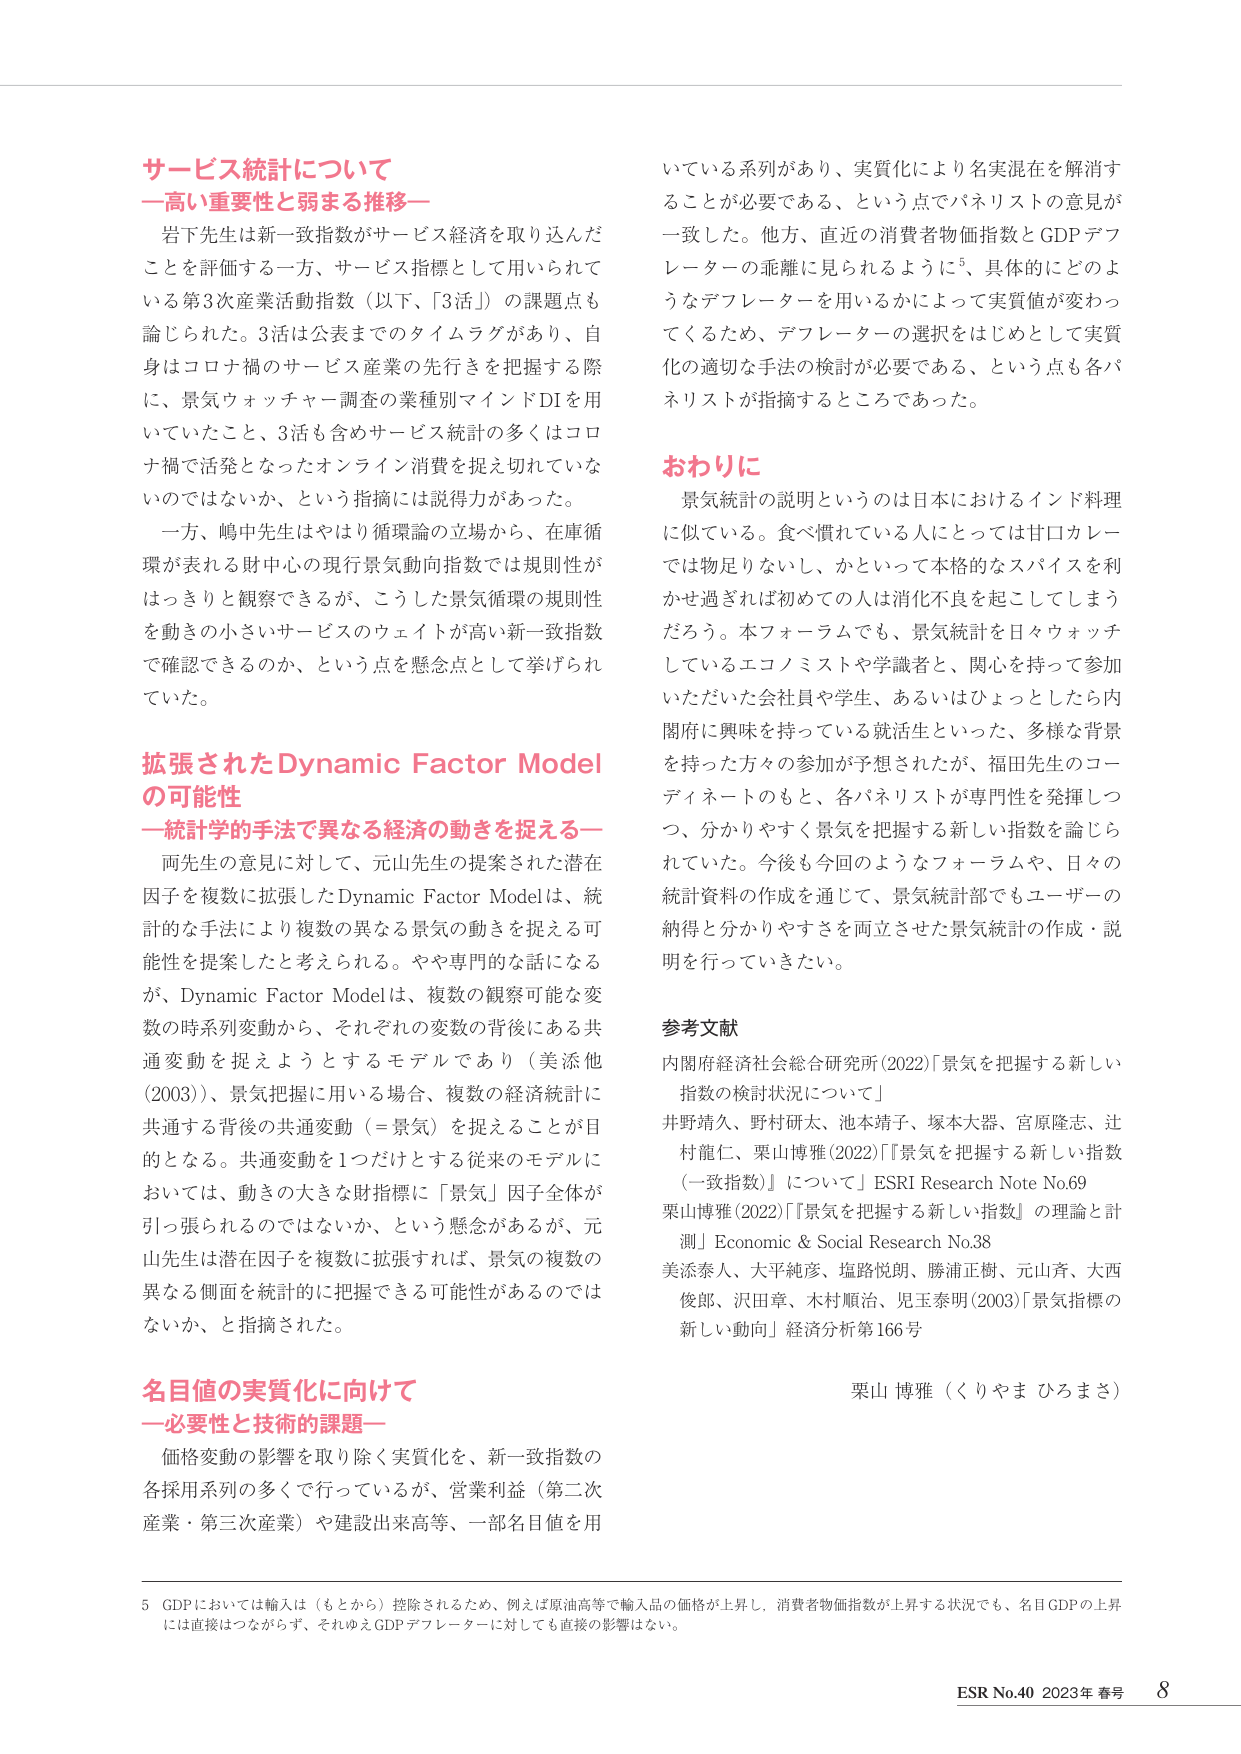
サービス統計について
一高い重要性と弱まる推移一

岩下先生は新一致指数がサービス経済を取り込んだことを評価する一方、サービス指標として用いられている第3次産業活動指数（以下、「3活」）の課題も論じられた。3活は公表までのタイムラグがあり、自身はコロナ禍のサービス産業の先行きを把握する際に、景気ウォッチャー調査の業種別マインドDIを用いていたこと、3活も含めサービス統計の多くはコロナ禍で活発となったオンライン消費を捉え切れていないのではないか、という指摘には説得力があった。

一方、嶋中先生はやはり循環論の立場から、在庫循環が表れる財中心の現行景気動向指数では規則性がはっきりと観察できるが、こうした景気循環の規則性を動きの小さいサービスのウェイトが高い新一致指数で確認できるのか、という点を懸念点として挙げられていた。

拡張されたDynamic Factor Model
の可能性
一統計学的手法で異なる経済の動きを捉える一

両先生の意見に対して、元山先生の提案された潜在因子を複数に拡張したDynamic Factor Modelは、統計的な手法により複数の異なる景気の動きを捉える可能性を提案したと考えられる。やや専門的な話になるが、Dynamic Factor Modelは、複数の観察可能な変数の時系列変動から、それぞれの変数の背後にある共通変動を捉えようとするモデルであり（美添他（2003））、景気把握に用いる場合、複数の経済統計に共通する背後の共通変動（＝景気）を捉えることが目的となる。共通変動を1つだけとする従来のモデルにおいては、動きの大きな財指標に「景気」因子全体が引っ張られるのではないか、という懸念があるが、元山先生は潜在因子を複数に拡張すれば、景気の複数の異なる側面を統計的に把握できる可能性があるのではないか、と指摘された。

名目値の実質化に向けて
一必要性と技術的課題一

価格変動の影響を取り除く実質化を、新一致指数の各採用系列の多くで行っているが、営業利益（第二次産業・第三次産業）や建設出来高等、一部名目値を用いている系列があり、実質化により名実混在を解消することが必要である、という点でパネリストの意見が一致した。他方、直近の消費者物価指数とGDPデフレーターの乖離に見られるように⁵、具体的にどのようなデフレーターを用いるかによって実質値が変わってくるため、デフレーターの選択をはじめとして実質化の適切な手法の検討が必要である、という点も各パネリストが指摘するところであった。

おわりに

景気統計の説明というのは日本におけるインド料理に似ている。食べ慣れている人にとっては甘口カレーでは物足りないし、かといって本格的なスパイスを利かせ過ぎれば初めての人は消化不良を起こしてしまうだろう。本フォーラムでも、景気統計を日々ウォッチしているエコノミストや学者と、関心を持って参加いただいた会社員や学生、あるいはひょっとしたら内閣府に興味を持っている就活生といった、多様な背景を持った方々の参加が予想されたが、福田先生のコーディネートのもと、各パネリストが専門性を発揮しつつ、分かりやすく景気を把握する新しい指数を論じられていた。今後も今回のようなフォーラムや、日々の統計資料の作成を通じて、景気統計部でもユーザーの納得と分かりやすさを両立させた景気統計の作成・説明を行っていきたい。

参考文献

内閣府経済社会総合研究所（2022）「景気を把握する新しい指数の検討状況について」
井野靖久、野村研太、池本靖子、塚本大器、宮原隆志、辻村龍仁、栗山博雅（2022）「景気を把握する新しい指数（一致指数）について」ESRI Research Note No.69
栗山博雅（2022）「景気を把握する新しい指数」の理論と計測」Economic & Social Research No.38
美添泰人、大平純彦、塩路悦朗、勝浦正樹、元山斉、大西俊郎、沢田章、木村順治、児玉泰明（2003）「景気指標の新しい動向」経済分析第166号

栗山 博雅（くりやま ひろまさ）

5 GDPにおいては輸入は（もとから）控除されるため、例えば原油高等で輸入品の価格が上昇し、消費者物価指数が上昇する状況でも、名目GDPの上昇には直接はつながらず、それゆえGDPデフレーターに対しても直接の影響はない。

ESR No.40 2023年 春号 8